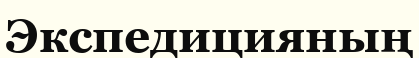
Экспедицияның